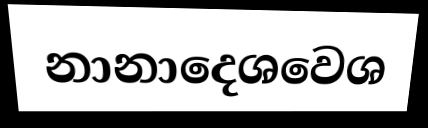
නානාදෙශවෙශ